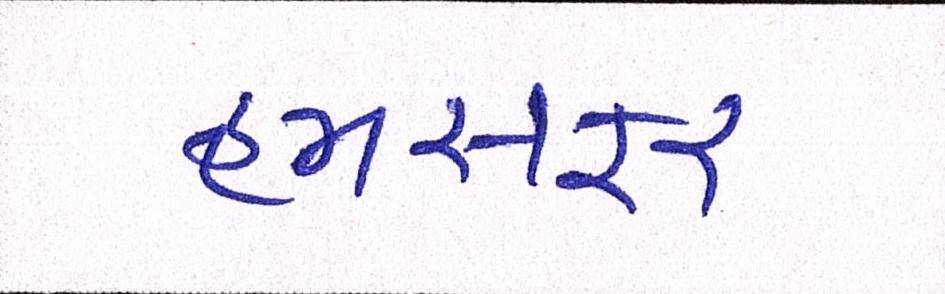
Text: હમસફર